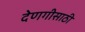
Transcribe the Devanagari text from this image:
देणगीसाठी